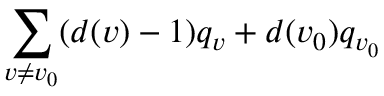
\sum _ { v \neq v _ { 0 } } ( d ( v ) - 1 ) q _ { v } + d ( v _ { 0 } ) q _ { v _ { 0 } }